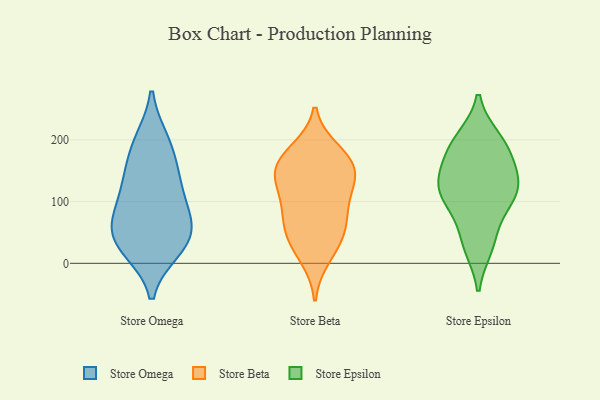
{"axis": {"x": "Satisfaction Score", "y": "Value"}, "legend": ["Store Beta", "Store Epsilon", "Store Omega"], "data": [{"x": "", "y": 45, "type": "Store Omega"}, {"x": "", "y": 26, "type": "Store Omega"}, {"x": "", "y": 151, "type": "Store Omega"}, {"x": "", "y": 129, "type": "Store Omega"}, {"x": "", "y": 193, "type": "Store Omega"}, {"x": "", "y": 79, "type": "Store Omega"}, {"x": "", "y": 125, "type": "Store Omega"}, {"x": "", "y": 198, "type": "Store Omega"}, {"x": "", "y": 80, "type": "Store Omega"}, {"x": "", "y": 65, "type": "Store Omega"}, {"x": "", "y": 36, "type": "Store Omega"}, {"x": "", "y": 23, "type": "Store Omega"}, {"x": "", "y": 155, "type": "Store Beta"}, {"x": "", "y": 181, "type": "Store Beta"}, {"x": "", "y": 137, "type": "Store Beta"}, {"x": "", "y": 11, "type": "Store Beta"}, {"x": "", "y": 169, "type": "Store Beta"}, {"x": "", "y": 163, "type": "Store Beta"}, {"x": "", "y": 142, "type": "Store Beta"}, {"x": "", "y": 49, "type": "Store Beta"}, {"x": "", "y": 115, "type": "Store Beta"}, {"x": "", "y": 75, "type": "Store Beta"}, {"x": "", "y": 100, "type": "Store Beta"}, {"x": "", "y": 63, "type": "Store Beta"}, {"x": "", "y": 35, "type": "Store Beta"}, {"x": "", "y": 186, "type": "Store Epsilon"}, {"x": "", "y": 151, "type": "Store Epsilon"}, {"x": "", "y": 200, "type": "Store Epsilon"}, {"x": "", "y": 28, "type": "Store Epsilon"}, {"x": "", "y": 116, "type": "Store Epsilon"}, {"x": "", "y": 191, "type": "Store Epsilon"}, {"x": "", "y": 121, "type": "Store Epsilon"}, {"x": "", "y": 141, "type": "Store Epsilon"}, {"x": "", "y": 102, "type": "Store Epsilon"}, {"x": "", "y": 40, "type": "Store Epsilon"}, {"x": "", "y": 104, "type": "Store Epsilon"}]}